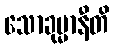
သောခုမ္မာနီတိ